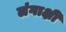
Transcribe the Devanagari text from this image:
लंगाक्षी